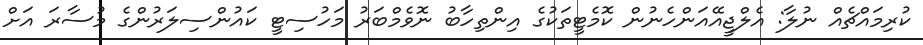
ކުރިމައްޗެއް ނުލާ: އެލްޖީއޭއަންހެނުން ކޮމެޓީތަކުގެ އިންތިހާބު ނޮވެމްބަރު މަހުސިޓީ ކައުންސިލަރުންގެ މުސާރަ އަށް